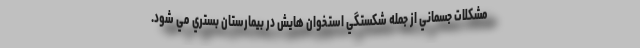
مشكلات جسماني از جمله شكستگي استخوان هايش در بيمارستان بستري مي شود.